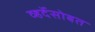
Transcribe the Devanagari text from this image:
व्हर्देसोबत